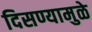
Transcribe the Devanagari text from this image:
दिसण्यामुळे